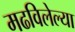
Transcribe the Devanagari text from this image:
मढविलेल्या